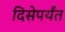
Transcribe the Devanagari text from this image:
दिसेपर्यंत